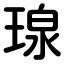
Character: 瑔